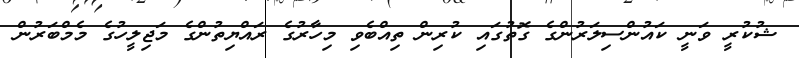
ޝުކުރީ ވަނީ ކައުންސިލަރުންގެ ގޮތުގައި ކުރިން ތިއްބެވި މިހާރުގެ ރައްޔިތުންގެ މަޖިލީހުގެ މެމްބަރުން